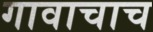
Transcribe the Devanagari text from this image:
गावाचाच